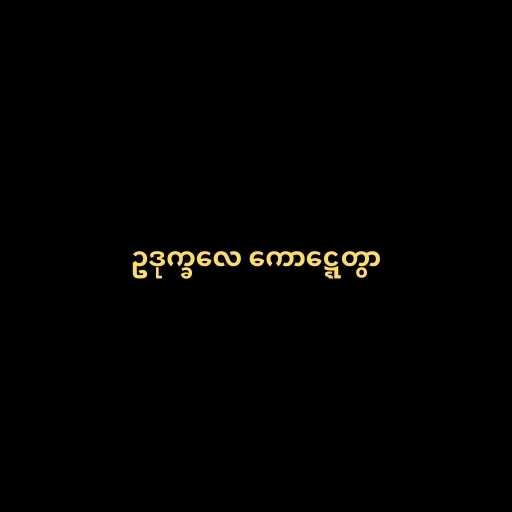
ဥဒုက္ခလေ ကောဋ္ဋေတွာ